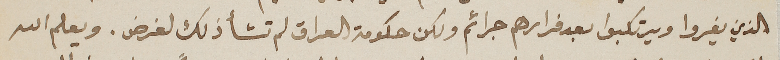
الذين يغروا ويرتكبوا بعد فرارهم جرائم ولكن حكومة العراق لم تشأ ذلك لغرض. ويعلم الله